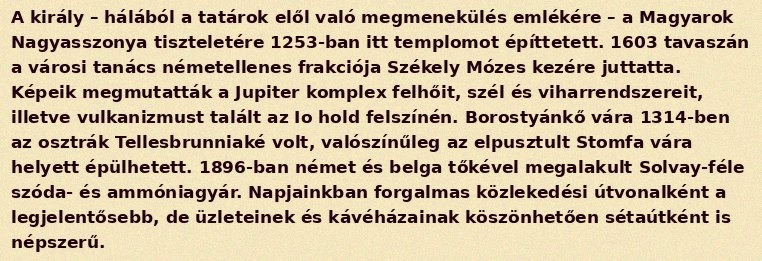
A király – hálából a tatárok elől való megmenekülés emlékére – a Magyarok Nagyasszonya tiszteletére 1253-ban itt templomot építtetett. 1603 tavaszán a városi tanács németellenes frakciója Székely Mózes kezére juttatta. Képeik megmutatták a Jupiter komplex felhőit, szél és viharrendszereit, illetve vulkanizmust talált az Io hold felszínén. Borostyánkő vára 1314-ben az osztrák Tellesbrunniaké volt, valószínűleg az elpusztult Stomfa vára helyett épülhetett. 1896-ban német és belga tőkével megalakult Solvay-féle szóda- és ammóniagyár. Napjainkban forgalmas közlekedési útvonalként a legjelentősebb, de üzleteinek és kávéházainak köszönhetően sétaútként is népszerű.